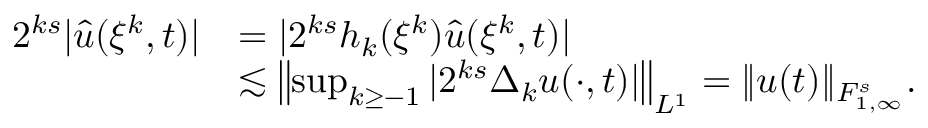
\begin{array} { r l } { 2 ^ { k s } | \hat { u } ( \xi ^ { k } , t ) | } & { = | 2 ^ { k s } h _ { k } ( \xi ^ { k } ) \hat { u } ( \xi ^ { k } , t ) | } \\ & { \lesssim \left\| \operatorname* { s u p } _ { k \geq - 1 } | 2 ^ { k s } \Delta _ { k } u ( \cdot , t ) | \right\| _ { L ^ { 1 } } = \| u ( t ) \| _ { { F } _ { 1 , \infty } ^ { s } } . } \end{array}